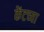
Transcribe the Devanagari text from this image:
केंटच्या